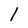
Character: 1